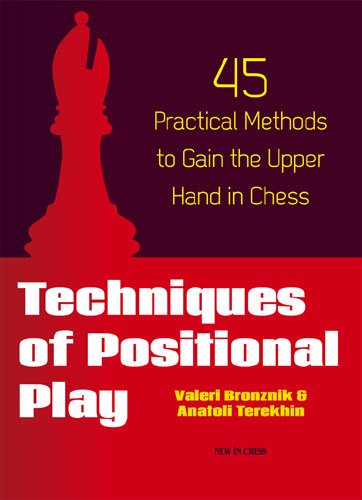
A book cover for Techniques of Positional Play: 45 Practical Methods to Gain the Upper Hand in Chess; Valeri Bronznik; Humor & Entertainment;